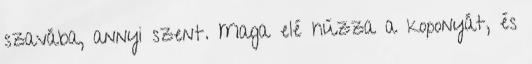
szavába, annyi szent. Maga elé húzza a koponyát, és